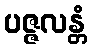
ပဇ္ဇလန္တံ